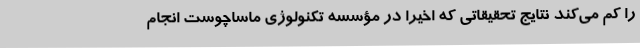
را کم می‌کند نتایج تحقیقاتی که اخیراً در مؤسسه تکنولوژی ماساچوست انجام